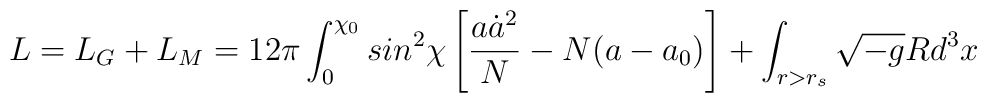
L = L_{G} + L_{M} = 12 \pi \int_{0}^{\chi_{0}} sin^{2}\chi \left[\frac{a \dot{a}^{2}}{N} - N (a - a_{0}) \right] + \int_{r>r_{s}}\sqrt{- g} R d^{3}x